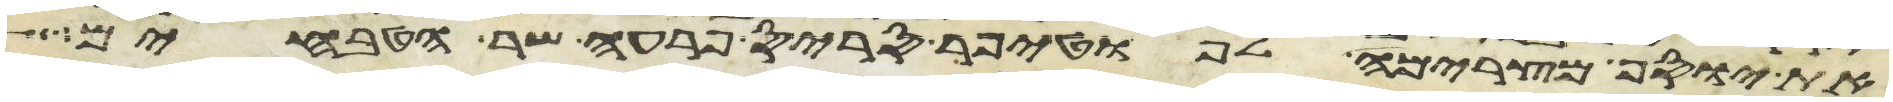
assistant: את יוסף מצרימה לפוטיפר סריס פרעה שר הטבחים